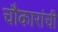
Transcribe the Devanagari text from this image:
चौकारांची